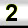
Digit: 2